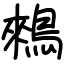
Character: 鶆